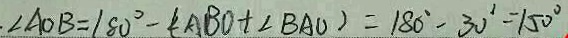
. \angle A O B = 1 8 0 ^ { \circ } - ( \angle A B O + \angle B A O ) = 1 8 0 ^ { \circ } - 3 0 ^ { \circ } = 1 5 0 ^ { \circ }